Indian journal of veterinary science and animal husbandry - Volume 8,
Year: 1938
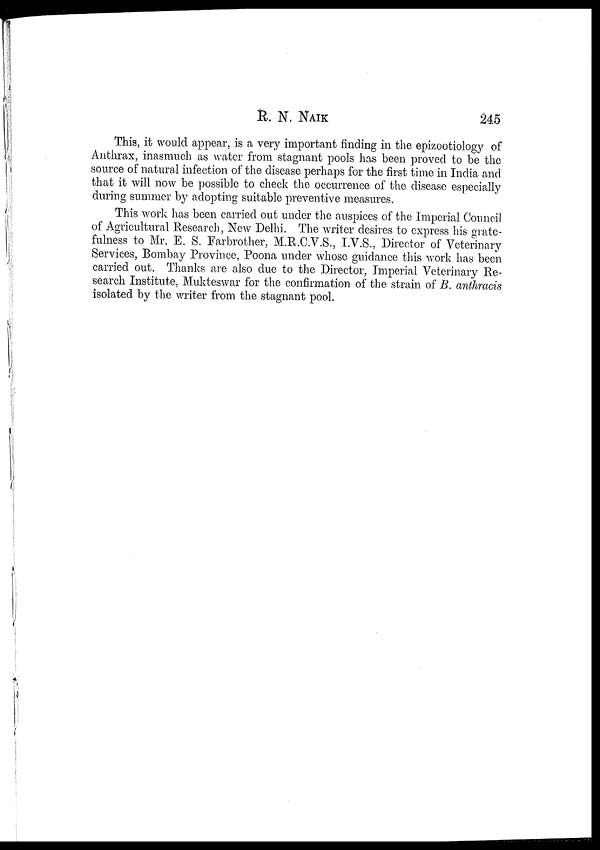
R. N.
NAIK
245
This, it would appear, is a very important finding in the epizootiology of
Anthrax, inasmuch as water from stagnant pools has been proved to be the
source of natural infection of the disease perhaps for the first time in India and
that it will now be possible to check the occurrence of the disease especially
during summer by adopting suitable preventive measures.
This work has been carried out under the auspices of the Imperial Council
of Agricultural Research, New Delhi. The writer desires to express his grate-
fulness to Mr. E. S. Farbrother, M.R.C.V.S., I.V.S., Director of Veterinary
Services, Bombay Province, Poona under whose guidance this work has been
carried out. Thanks are also due to the Director, Imperial Veterinary Re-
search Institute, Mukteswar for the confirmation of the strain of B. anthracis
isolated by the writer from the stagnant pool.